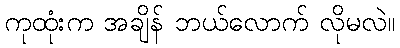
ကုထုံးက အချိန် ဘယ်လောက် လိုမလဲ။